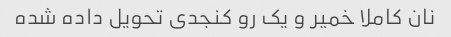
نان کاملا خمیر و یک رو کنجدی تحویل داده شده